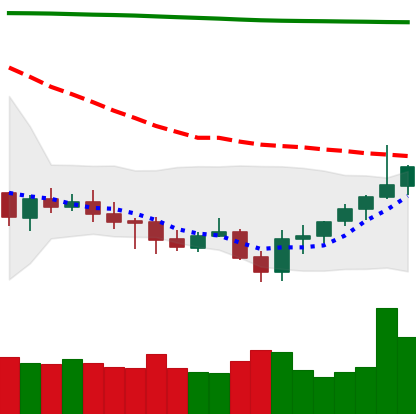
Ticker: XMR-USD
Chart end date: 2021-07-27
Forward return: 4.481%
Label: up_3_5